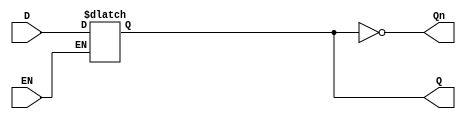
module gated_d_latch (
    input wire D,     // Data input
    input wire EN,    // Enable input
    output reg Q,     // Output
    output wire Qn    // Complement of Q
);

    // Assign the complement of Q
    assign Qn = ~Q;

    always @(D, EN) begin
        if (EN) begin
            Q <= D; // When EN is high, Q follows D
        end
        // If EN is low, Q retains its value
    end
    
endmodule